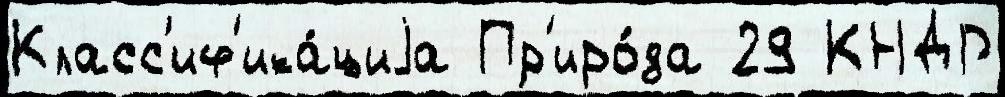
Класс'иф'ика́циjа Пр'иро́да 29 КНДР